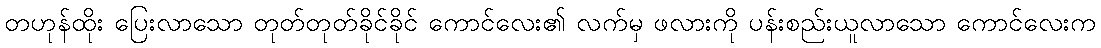
တဟုန်ထိုး ပြေးလာသော တုတ်တုတ်ခိုင်ခိုင် ကောင်လေး၏ လက်မှ ဖလားကို ပန်းစည်းယူလာသော ကောင်လေးက